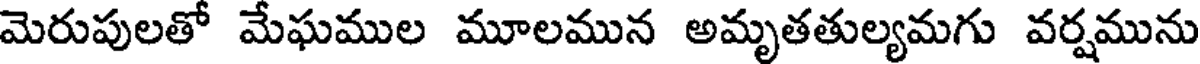
మెరుపులతో మేఘముల మూలమున అమృతతుల్యమగు వర్షమును